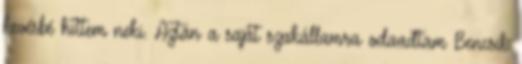
kevésbé hittem ne­ki. Aztán a saját szakállamra odaadtam Bencsik